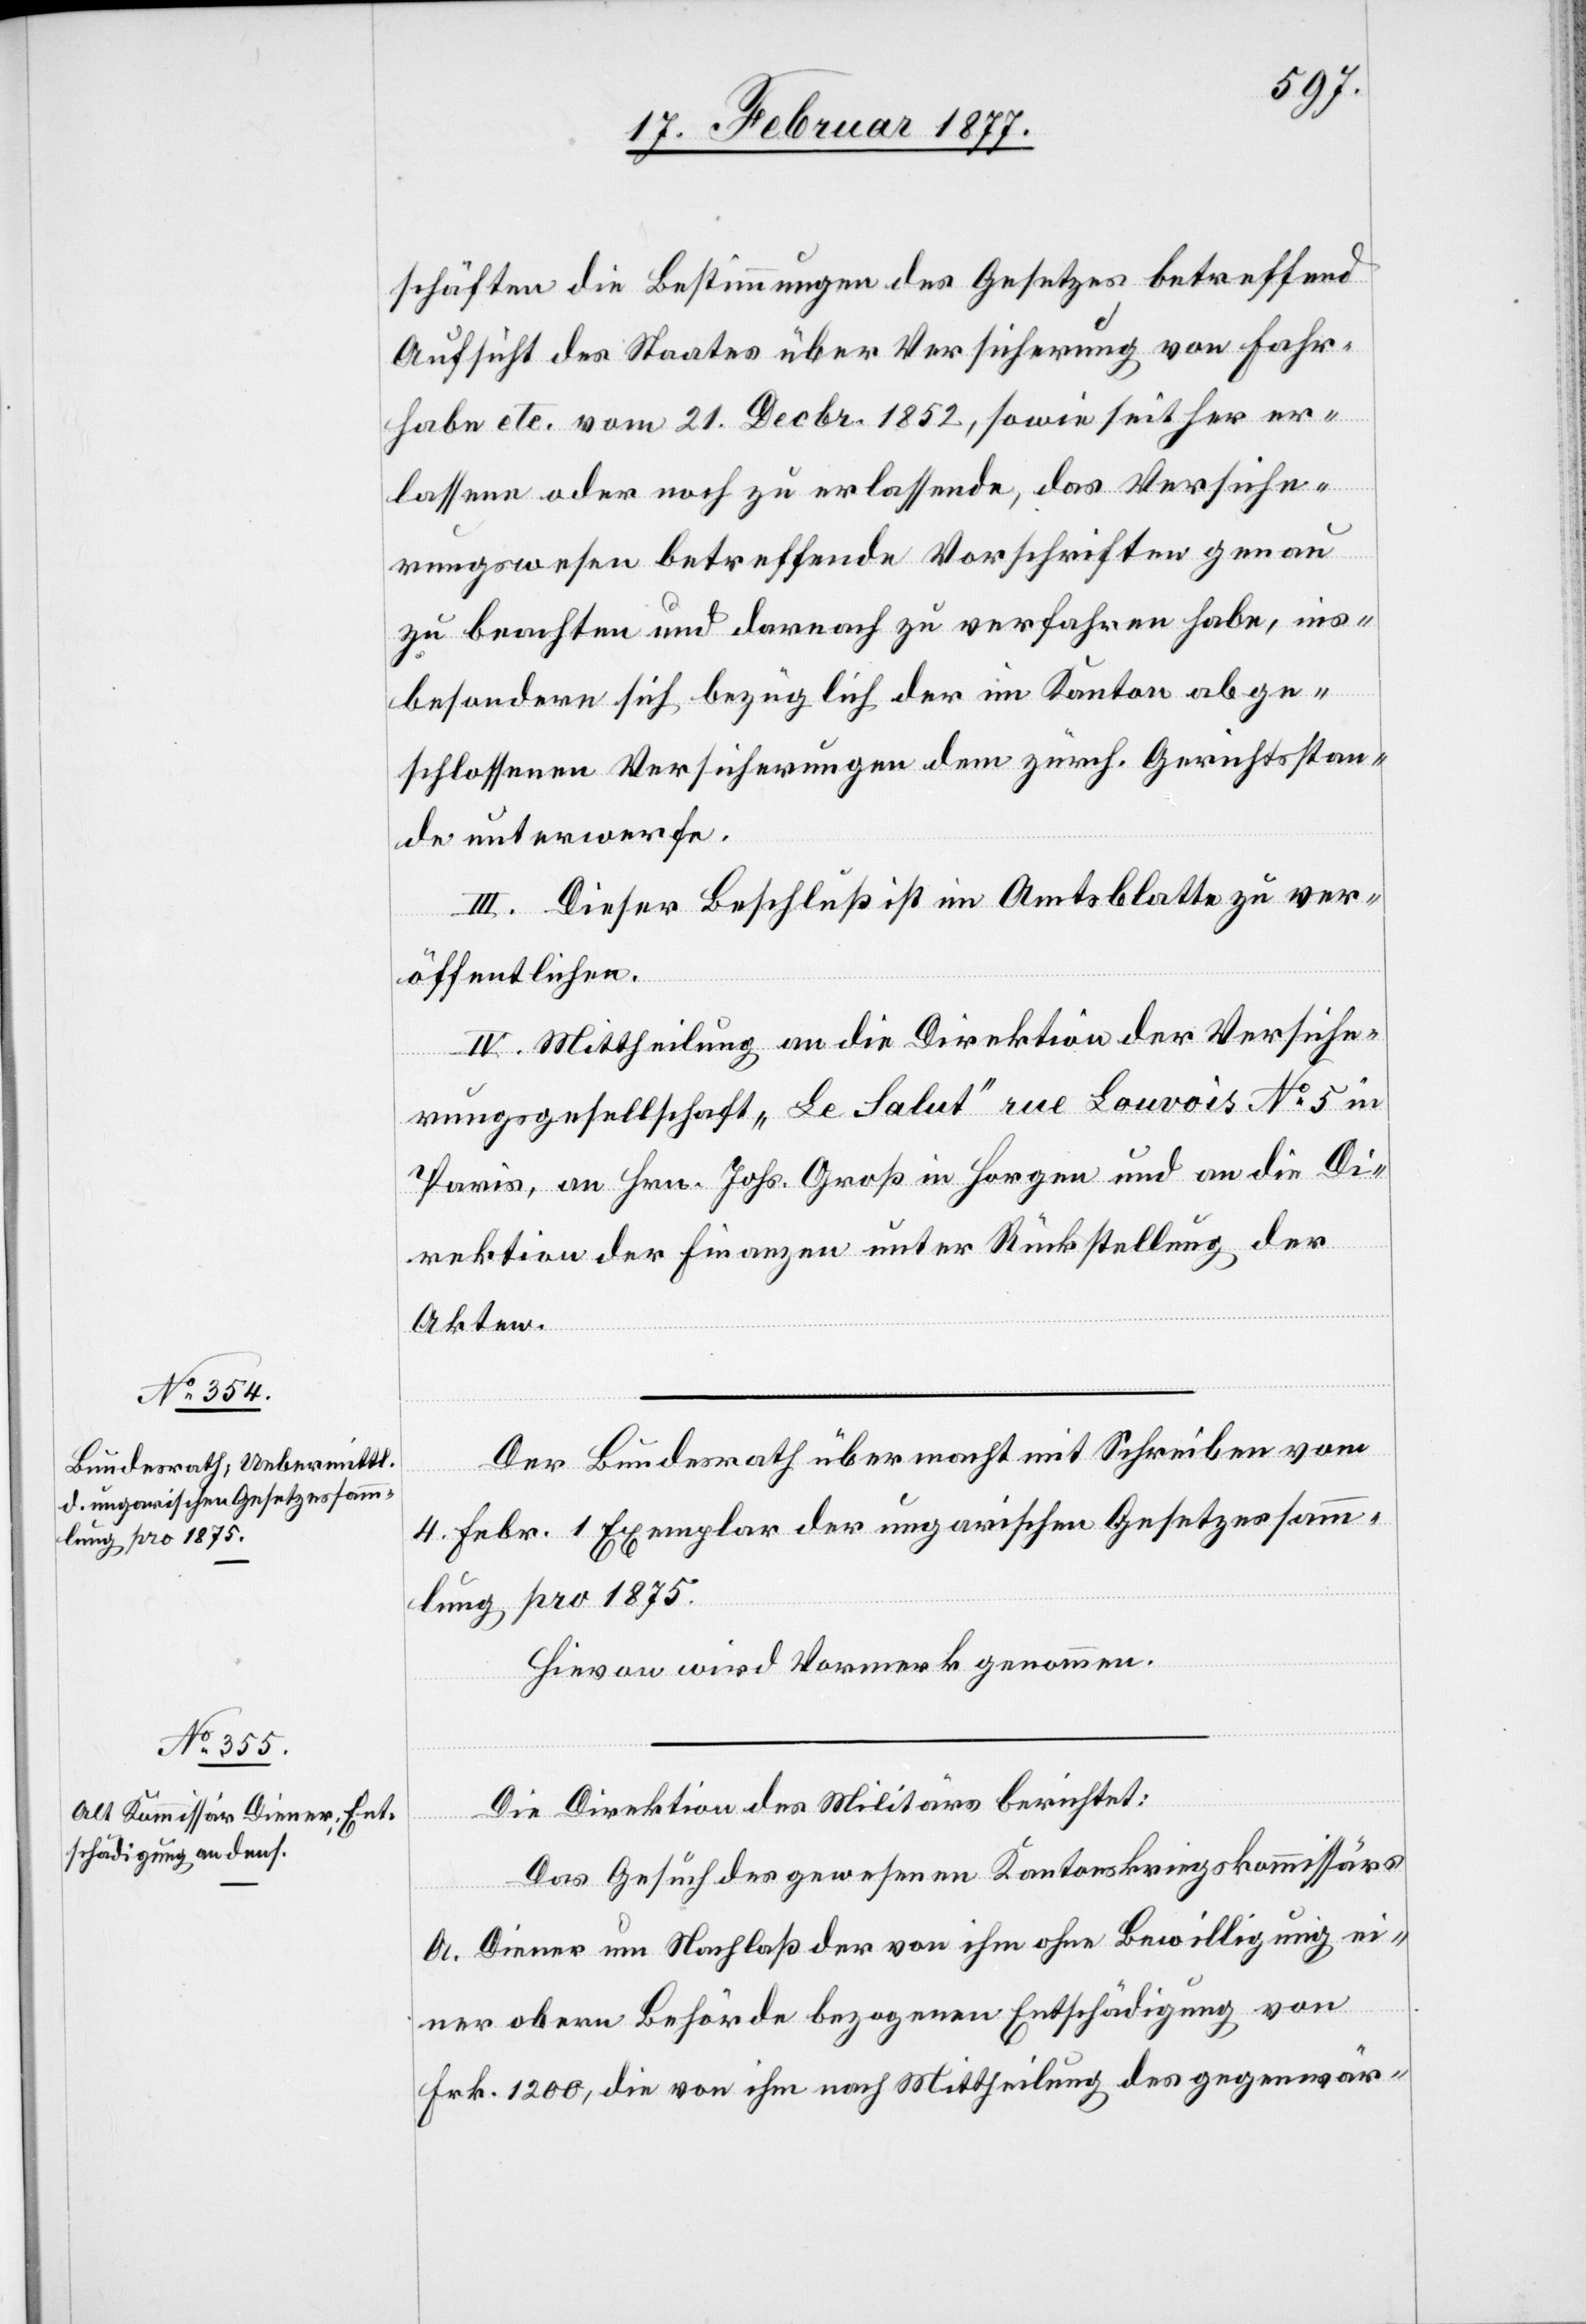
schäften die Bestimmungen des Gesetzes betreffend
Aufsicht des Staates über Versicherung von Fahr¬
habe etc. vom 21. Decbr. 1852, sowie seither er¬
lassene oder noch zu erlassende, das Versiche¬
rungswesen betreffende Vorschriften genau
zu beachten und darnach zu verfahren habe, ins¬
besondere sich bezüglich der im Kanton abge¬
schlossenen Versicherungen dem zürch. Gerichtsstan¬
de unterwerfe.
III. Dieser Beschluß ist im Amtsblatte zu ver¬
öffentlichen.
IV. Mittheilung an die Direktion der Versiche¬
rungsgesellschaft „Le Salut“ rue Louvois No 5 in
Paris, an Hrn. Johs. Groß in Horgen und an die Di¬
rektion der Finanzen unter Rückstellung der
Akten.
Der Bundesrath übermacht mit Schreiben vom
4. Febr. 1 Exemplar der ungarischen Gesetzessamm¬
lung pro 1875.
Hievon wird Vormerk genommen.
Die Direktion des Militärs berichtet:
Das Gesuch des gewesenen Kantonskriegskommissärs
A. Diener um Nachlaß der von ihm ohne Bewilligung ei¬
ner obern Behörde bezogenen Entschädigung von
Frk. 1200, die von ihm nach Mittheilung des gegenwärt-